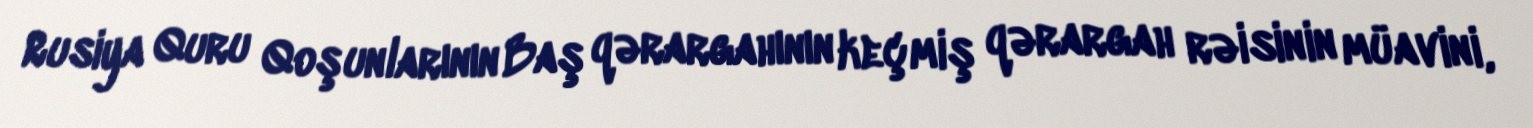
Rusiya Quru Qoşunlarının Baş qərargahının keçmiş qərargah rəisinin müavini,